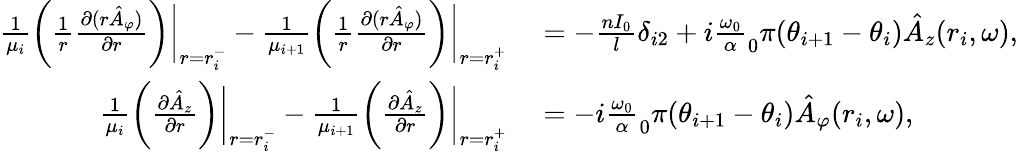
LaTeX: \begin{array}{rl}{\frac{1}{\mu_{i}}\bigg(\frac{1}{r}\frac{\partial(r\hat{A}_{\varphi})}{\partial r}\bigg)\bigg|_{r=r_{i}^{-}}-\frac{1}{\mu_{i+1}}\bigg(\frac{1}{r}\frac{\partial(r\hat{A}_{\varphi})}{\partial r}\bigg)\bigg|_{r=r_{i}^{+}}}&{{}=-\frac{nI_{0}}{l}\delta_{i2}+i\frac{\omega_{0}}\alpha_{0}{\pi}(\theta_{i+1}-\theta_{i})\hat{A}_{z}(r_{i},\omega),}\\ {\frac{1}{\mu_{i}}\bigg(\frac{\partial\hat{A}_{z}}{\partial r}\bigg)\bigg|_{r=r_{i}^{-}}-\frac{1}{\mu_{i+1}}\bigg(\frac{\partial\hat{A}_{z}}{\partial r}\bigg)\bigg|_{r=r_{i}^{+}}}&{{}=-i\frac{\omega_{0}}\alpha_{0}{\pi}(\theta_{i+1}-\theta_{i})\hat{A}_{\varphi}(r_{i},\omega),}\end{array}